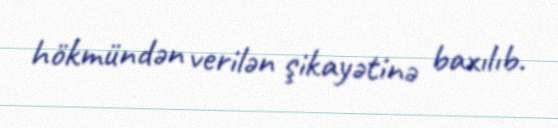
hökmündən verilən şikayətinə baxılıb.